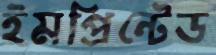
ইমপ্রিন্টেড